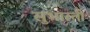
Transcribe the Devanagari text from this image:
सुभारती